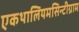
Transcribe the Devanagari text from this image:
एकथालियमसिन्टीग्राम